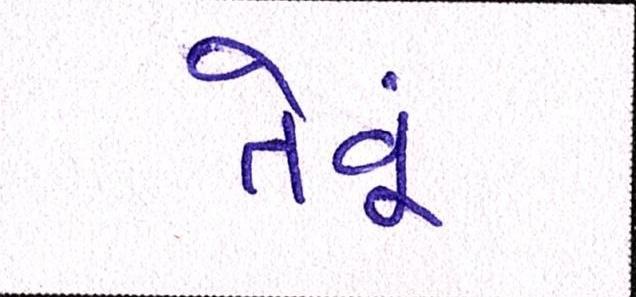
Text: તેવૂં